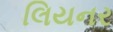
લિયનર